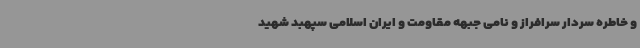
و خاطره سردار سرافراز و نامی جبهه مقاومت و ایران اسلامی سپهبد شهید